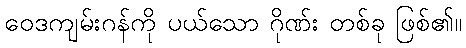
ဝေဒကျမ်းဂန်ကို ပယ်သော ဂိုဏ်း တစ်ခု ဖြစ်၏။